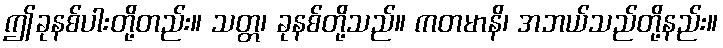
ဤခုနစ်ပါးတို့တည်း။ သတ္တ၊ ခုနစ်တို့သည်။ ကတမာနိ၊ အဘယ်သည်တို့နည်း။